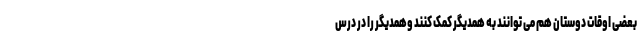
بعضی اوقات دوستان هم می توانند به همدیگر کمک کنند وهمدیگر را در درس